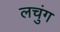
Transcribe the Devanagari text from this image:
लचुंग